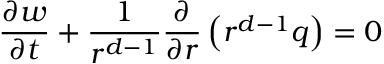
\frac { \partial w } { \partial t } + \frac { 1 } { r ^ { d - 1 } } \frac { \partial } { \partial r } \left( r ^ { d - 1 } q \right) = 0